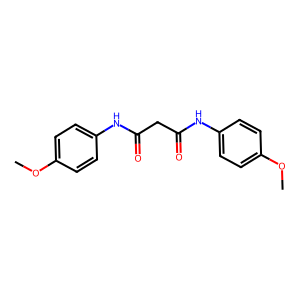
SMILES: COc1ccc(NC(=O)CC(=O)Nc2ccc(OC)cc2)cc1
Inhibits HIV replication: No